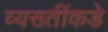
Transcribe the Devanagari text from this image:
व्यख्तींकडे